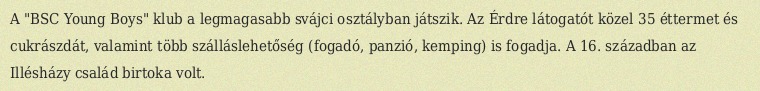
A "BSC Young Boys" klub a legmagasabb svájci osztályban játszik. Az Érdre látogatót közel 35 éttermet és cukrászdát, valamint több szálláslehetőség (fogadó, panzió, kemping) is fogadja. A 16. században az Illésházy család birtoka volt.